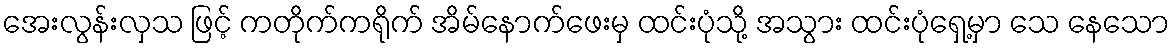
အေးလွန်းလှသ ဖြင့် ကတိုက်ကရိုက် အိမ်နောက်ဖေးမှ ထင်းပုံသို့ အသွား ထင်းပုံရှေ့မှာ သေ နေသော